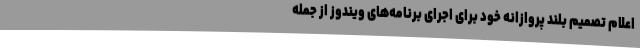
اعلام تصمیم بلند پروازانه خود برای اجرای برنامه‌های ویندوز از جمله